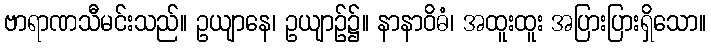
ဗာရာဏသီမင်းသည်။ ဥယျာနေ၊ ဥယျာဉ်၌။ နာနာဝိဓံ၊ အထူးထူး အပြားပြားရှိသော။